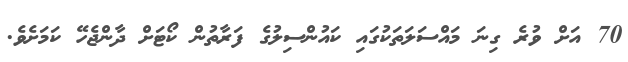
70 އަށް ވުރެ ގިނަ މައްސަލަތަކުގައި ކައުންސިލުގެ ފަރާތުން ކޯޓަށް ދާންޖެހޭ ކަމަށެވެ.